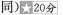
同)20分